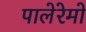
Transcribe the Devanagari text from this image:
पालेरेमो